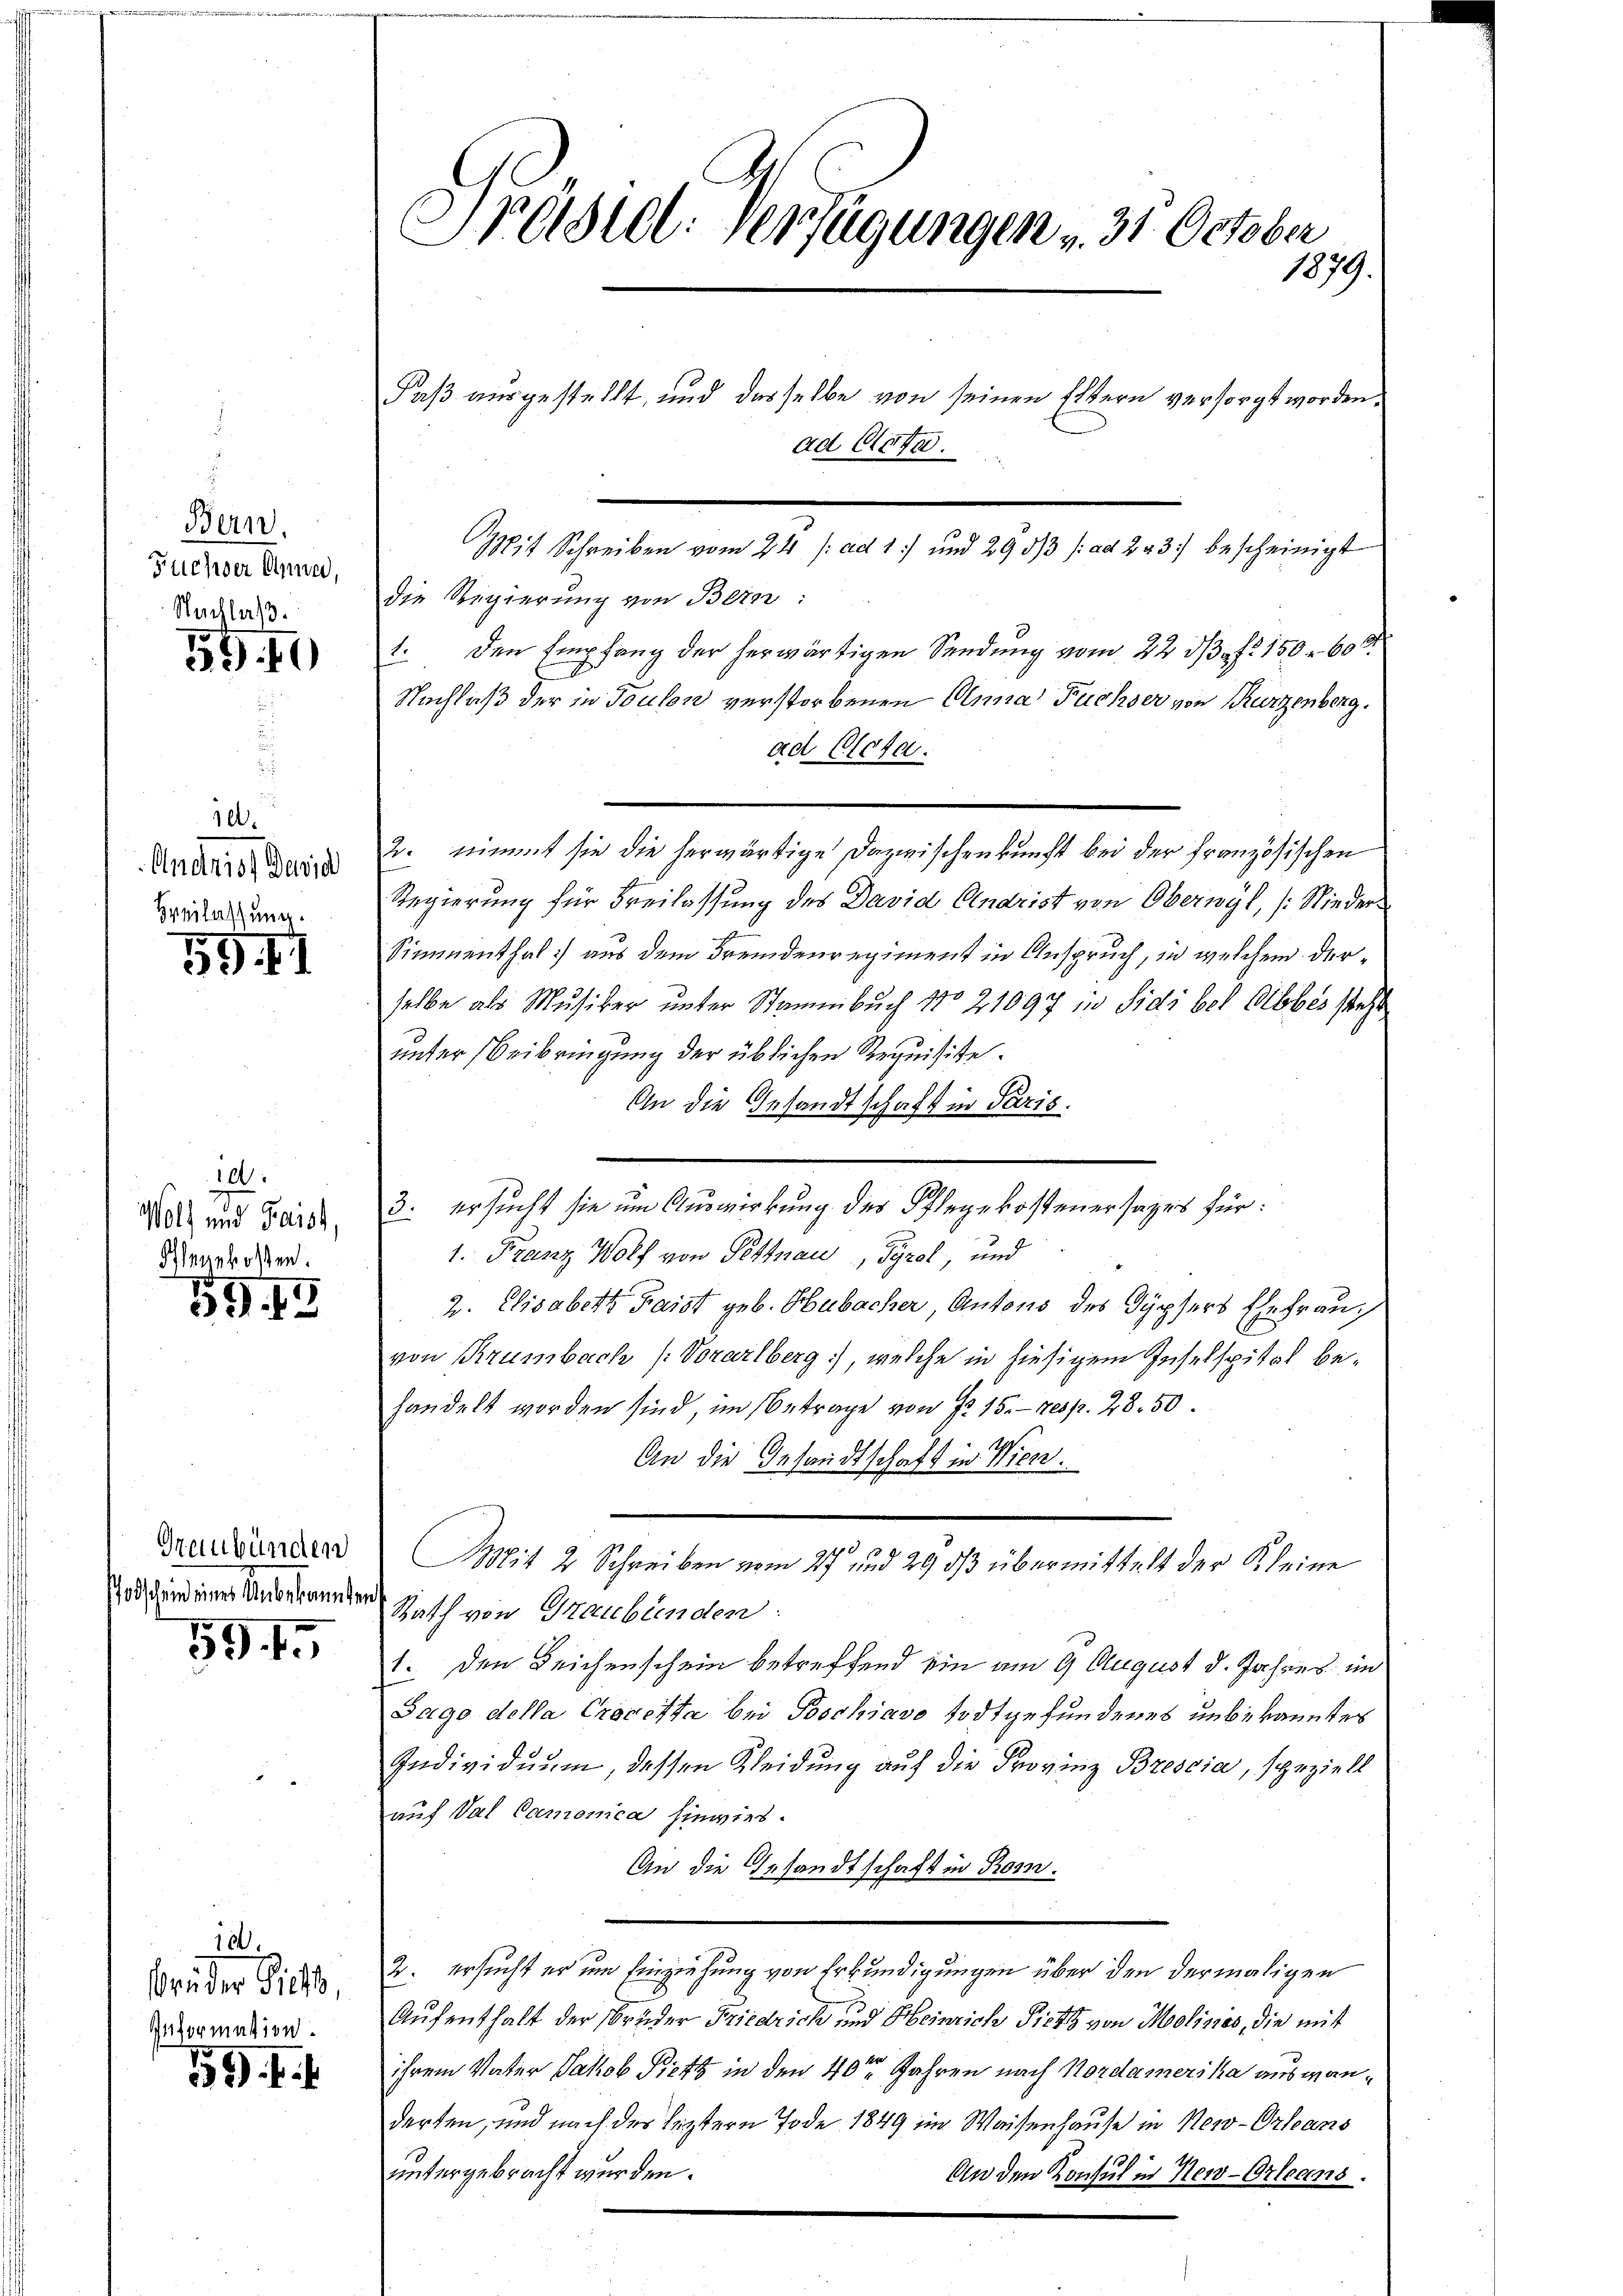
Bern.
Feicher Anna,
Nachlaß.

540

10.
Andnis Jurid
Freilassung.

59 f. I

id.
Wolf und Gaist,
Angekosten.

59. 13

Graubünden
o schwind einer Unbekannten

5945

a
brüder Sieh,
Information.

19. f.

Præsill. Verfügungen - 31. October
1879.

Mit Schreiben vom 24 /: ad 1. und 293/3 /: ad 223) bescheinigt
die Regierung von Bern:
1. Den Empfang der herwärtigen Sendung vom 22. ds. f. 150 r. 600
Nachlaß der in Toulon verstorbenen Anna Fuchser von Kurzenberg.
ad Prota.
2. nimmt sie die herwärtige Dazwischenkunft bei der französischen
Regierung für Freilassung des David Endrist von Oberwyl, (Nieder¬
Simmenthal aus dem Fremdenregiment in Anspruch, in welchem derselbe als Musiker unter Stammbuch No 21097 in Sidi bel Olbbes steht
unter Beibringung der üblichen Requisite.
An die Gesandtschaft in Paris.
3: ersucht sie um Auswirkung des Pflegekostener sages für:
1. Franz Wolf von Pettnau, Tyrol, und
2. Elisabett Haist geb. Hubacher, Antons des Gypfers Ehefrau,
von Krumbach (: Vorarlberg), welche in hiesigem Inselspital behandelt worden sind im Betrage von § 15. resp. 28. 50.
An die Gesandtschaft in Wien.
Mit 2 Schreiben vom 27 und 29 ds übermittelt der Kleine
Rath von Graubünden:
1. den Leichenschein betreffend ein am 9. August d. Jahres im
Sago della Crocetta bei Poschiavo todt gefundenes unbekanntes
Individuum, dessen Kleidung auf die Provinz Brescia, speziell
auf Val Canonica hinwies.
An die Gesandtschaft in Rom.
2. ersucht er um Einziehung von Erkundigungen über den dermaligen
Aufenthalt der Brüder Friedrich und Heinrich Piets von Molines, die mit
ihrem Vater Jakob Pietz in den 40sten Jahren nach Nordamerika auswanderten, und nach der leztern Tode 1849 im Waisenhause in New-Orleans
untergebracht wurden.
An den Konsul in New-Orleans.

Faß ausgestellt, und dasselbe von seinen Eltern versorgt worden.
ad Acta.